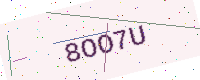
Text: 8OO7U